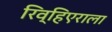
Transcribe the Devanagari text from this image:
रिव्हिएराला